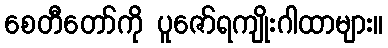
စေတီတော်ကို ပူဇော်ရကျိုးဂါထာများ။